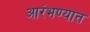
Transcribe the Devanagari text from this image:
आरंभण्यात